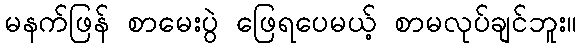
မနက်ဖြန် စာမေးပွဲ ဖြေရပေမယ့် စာမလုပ်ချင်ဘူး။